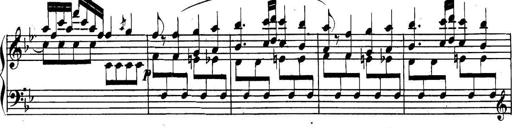
Title: Collected Piano Sonatas
Composer: Muzio Clementi